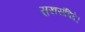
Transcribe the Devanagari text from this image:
सुखसंविदे।